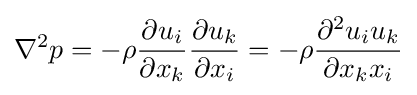
\nabla ^{2}p=-\rho {\frac {\partial u_{i}}{\partial x_{k}}}{\frac {\partial u_{k}}{\partial x_{i}}}=-\rho {\frac {\partial ^{2}u_{i}u_{k}}{\partial x_{k}x_{i}}}